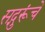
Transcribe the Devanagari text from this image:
सद्गुरूंचे